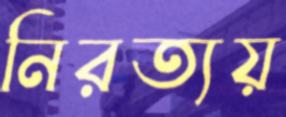
নিরত্যয়